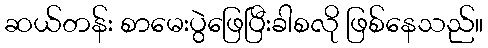
ဆယ်တန်း စာမေးပွဲဖြေပြီးခါစလို ဖြစ်နေသည်။